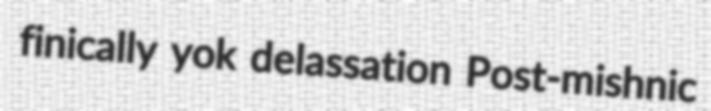
finically yok delassation Post-mishnic